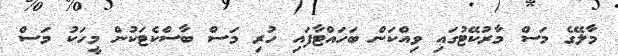
މާލޭގެ މަސް މާރުކޭޓުގައި ވިއްކަން ބަހައްޓާފައި ހުރި މަސް ބާސްކެޓަކުން މީހަކު މަސް